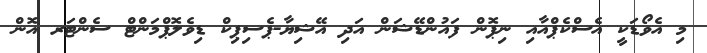
މި އެވޯޑަކީ އެސްކެޕްއާއި ނިޕޮން ފައުންޑޭޝަން އަދި އޭޝިޔާ-ޕެސިޕިކް ޑިވެލޮޕްމަންޓް ސެންޓަރ އޮން